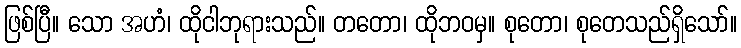
ဖြစ်ပြီ။ သော အဟံ၊ ထိုငါဘုရားသည်။ တတော၊ ထိုဘဝမှ။ စုတော၊ စုတေသည်ရှိသော်။